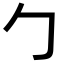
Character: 勹